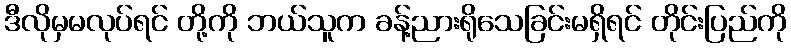
ဒီလိုမှမလုပ်ရင် တို့ကို ဘယ်သူက ခန့်ညားရိုသေခြင်းမရှိရင် တိုင်းပြည်ကို